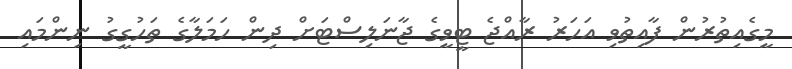
މީގެއިތުރުން ފާއިތުވި އަހަރު ރާއްޖެ ޓީވީގެ ޖާނަލިސްޓަށް ދިން ހަމަލާގެ ތަހުގީގު ނިންމައި